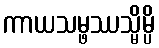
ကာယသမ္ဖဿသ္မိမ္ပိ